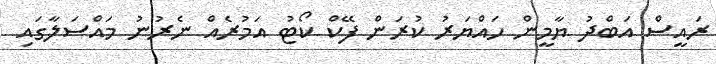
ރައީސް އަބްދު ޔާމީން ހައްޔަރު ކުރަން ފޭކް ކޯޓު އަމުރެއް ނެރުނު މައްސަލާގައި